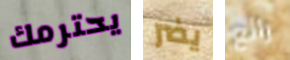
يحترمك يضر رائع